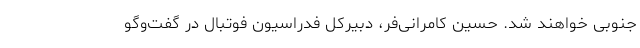
جنوبی خواهند شد. حسین کامرانی‌فر، دبیرکل فدراسیون فوتبال در گفت‌وگو